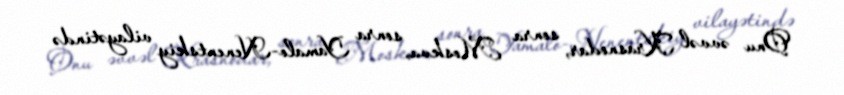
Onu əvvəl Krasnodar, sonra Moskva, sonra Yamalo-Nenentskiy vilayətində